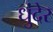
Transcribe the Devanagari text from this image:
धुंदेर